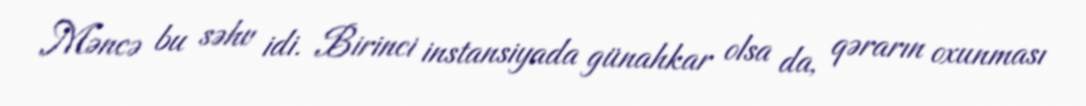
Məncə bu səhv idi. Birinci instansiyada günahkar olsa da, qərarın oxunması